画像に写った文字を読んでください
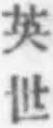
「英世」と書いてあります